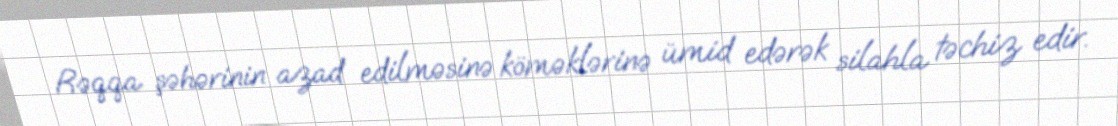
Rəqqa şəhərinin azad edilməsinə köməklərinə ümid edərək silahla təchiz edir.